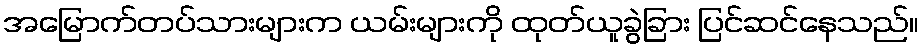
အမြောက်တပ်သားများက ယမ်းများကို ထုတ်ယူခွဲခြား ပြင်ဆင်နေသည်။